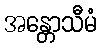
အန္တောသီမံ